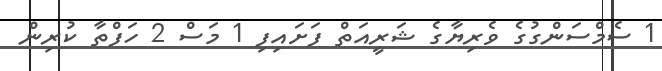
1 ސެމްސަންގުގެ ވެރިޔާގެ ޝަރީއަތް ފަށައިފި 1 މަސް 2 ހަފްތާ ކުރިން